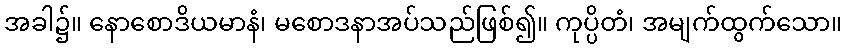
အခါ၌။ နောစောဒိယမာနံ၊ မစောဒနာအပ်သည်ဖြစ်၍။ ကုပ္ပိတံ၊ အမျက်ထွက်သော။